Punjab Mental Hospital Lahore 1932-46 - 1932-1946
Year: 1932
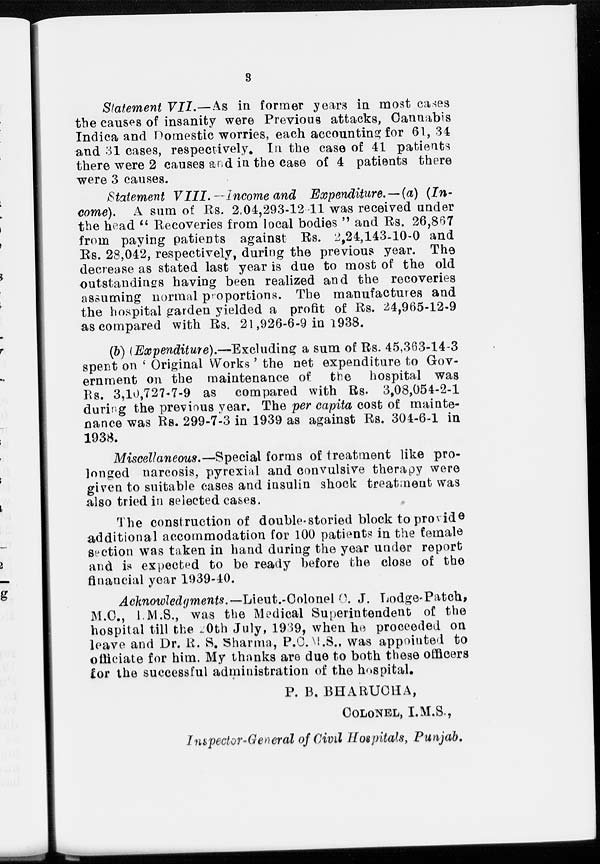
3
Statement VII.—As in former years in most cases
the causes of insanity were Previous attacks, Cannabis
Indica and Domestic worries, each accounting for 61, 34
and 31 cases, respectively. In the case of 41 patients
there were 2 causes and in the case of 4 patients there
were 3 causes.
Statement VIII.—Income and Expenditure. —(a) (In-
come). A sum of Rs. 2,04,293-12-11 was received under
the head " Recoveries from local bodies " and Rs. 26,867
from paying patients against Rs. 2,24,143-10-0 and
Rs. 28,042, respectively, during the previous year. The
decrease as stated last year is due to most of the old
outstandings having been realized and the recoveries
assuming normal proportions. The manufactures and
the hospital garden yielded a profit of Rs. 24,965-12-9
as compared with Rs. 21,926-6-9 in 1938.
(b) (Expenditure).—Excluding a sum of Rs. 45,363-14-3
spent on ' Original Works ' the net expenditure to Gov-
ernment on the maintenance of the hospital was
Rs. 3,10,727-7-9 as compared with Rs. 3,08,054-2-1
during the previous year. The per capita cost of mainte-
nance was Rs. 299-7-3 in 1939 as against Rs. 304-6-1 in
1938.
Miscellaneous.—Special forms of treatment like pro-
longed narcosis, pyrexial and convulsive therapy were
given to suitable cases and insulin shock treatment was
also tried in selected cases.
The construction of double-storied block to provide
additional accommodation for 100 patients in the female
section was taken in hand during the year under report
and is expected to be ready before the close of the
financial year 1939-40.
Acknowledgments.— Lieut.-Colonel C. J. Lodge-Patch,
M.C., I.M.S., was the Medical Superintendent of the
hospital till the 20th July, 1939, when he proceeded on
leave and Dr. R. S. Sharma, P.C.M.S., was appointed to
officiate for him. My thanks are due to both these officers
for the successful administration of the hospital.
P. B. BHARUCHA,
COLONEL, I.M.S.,
Inspector-General of Civil Hospitals, Punjab.